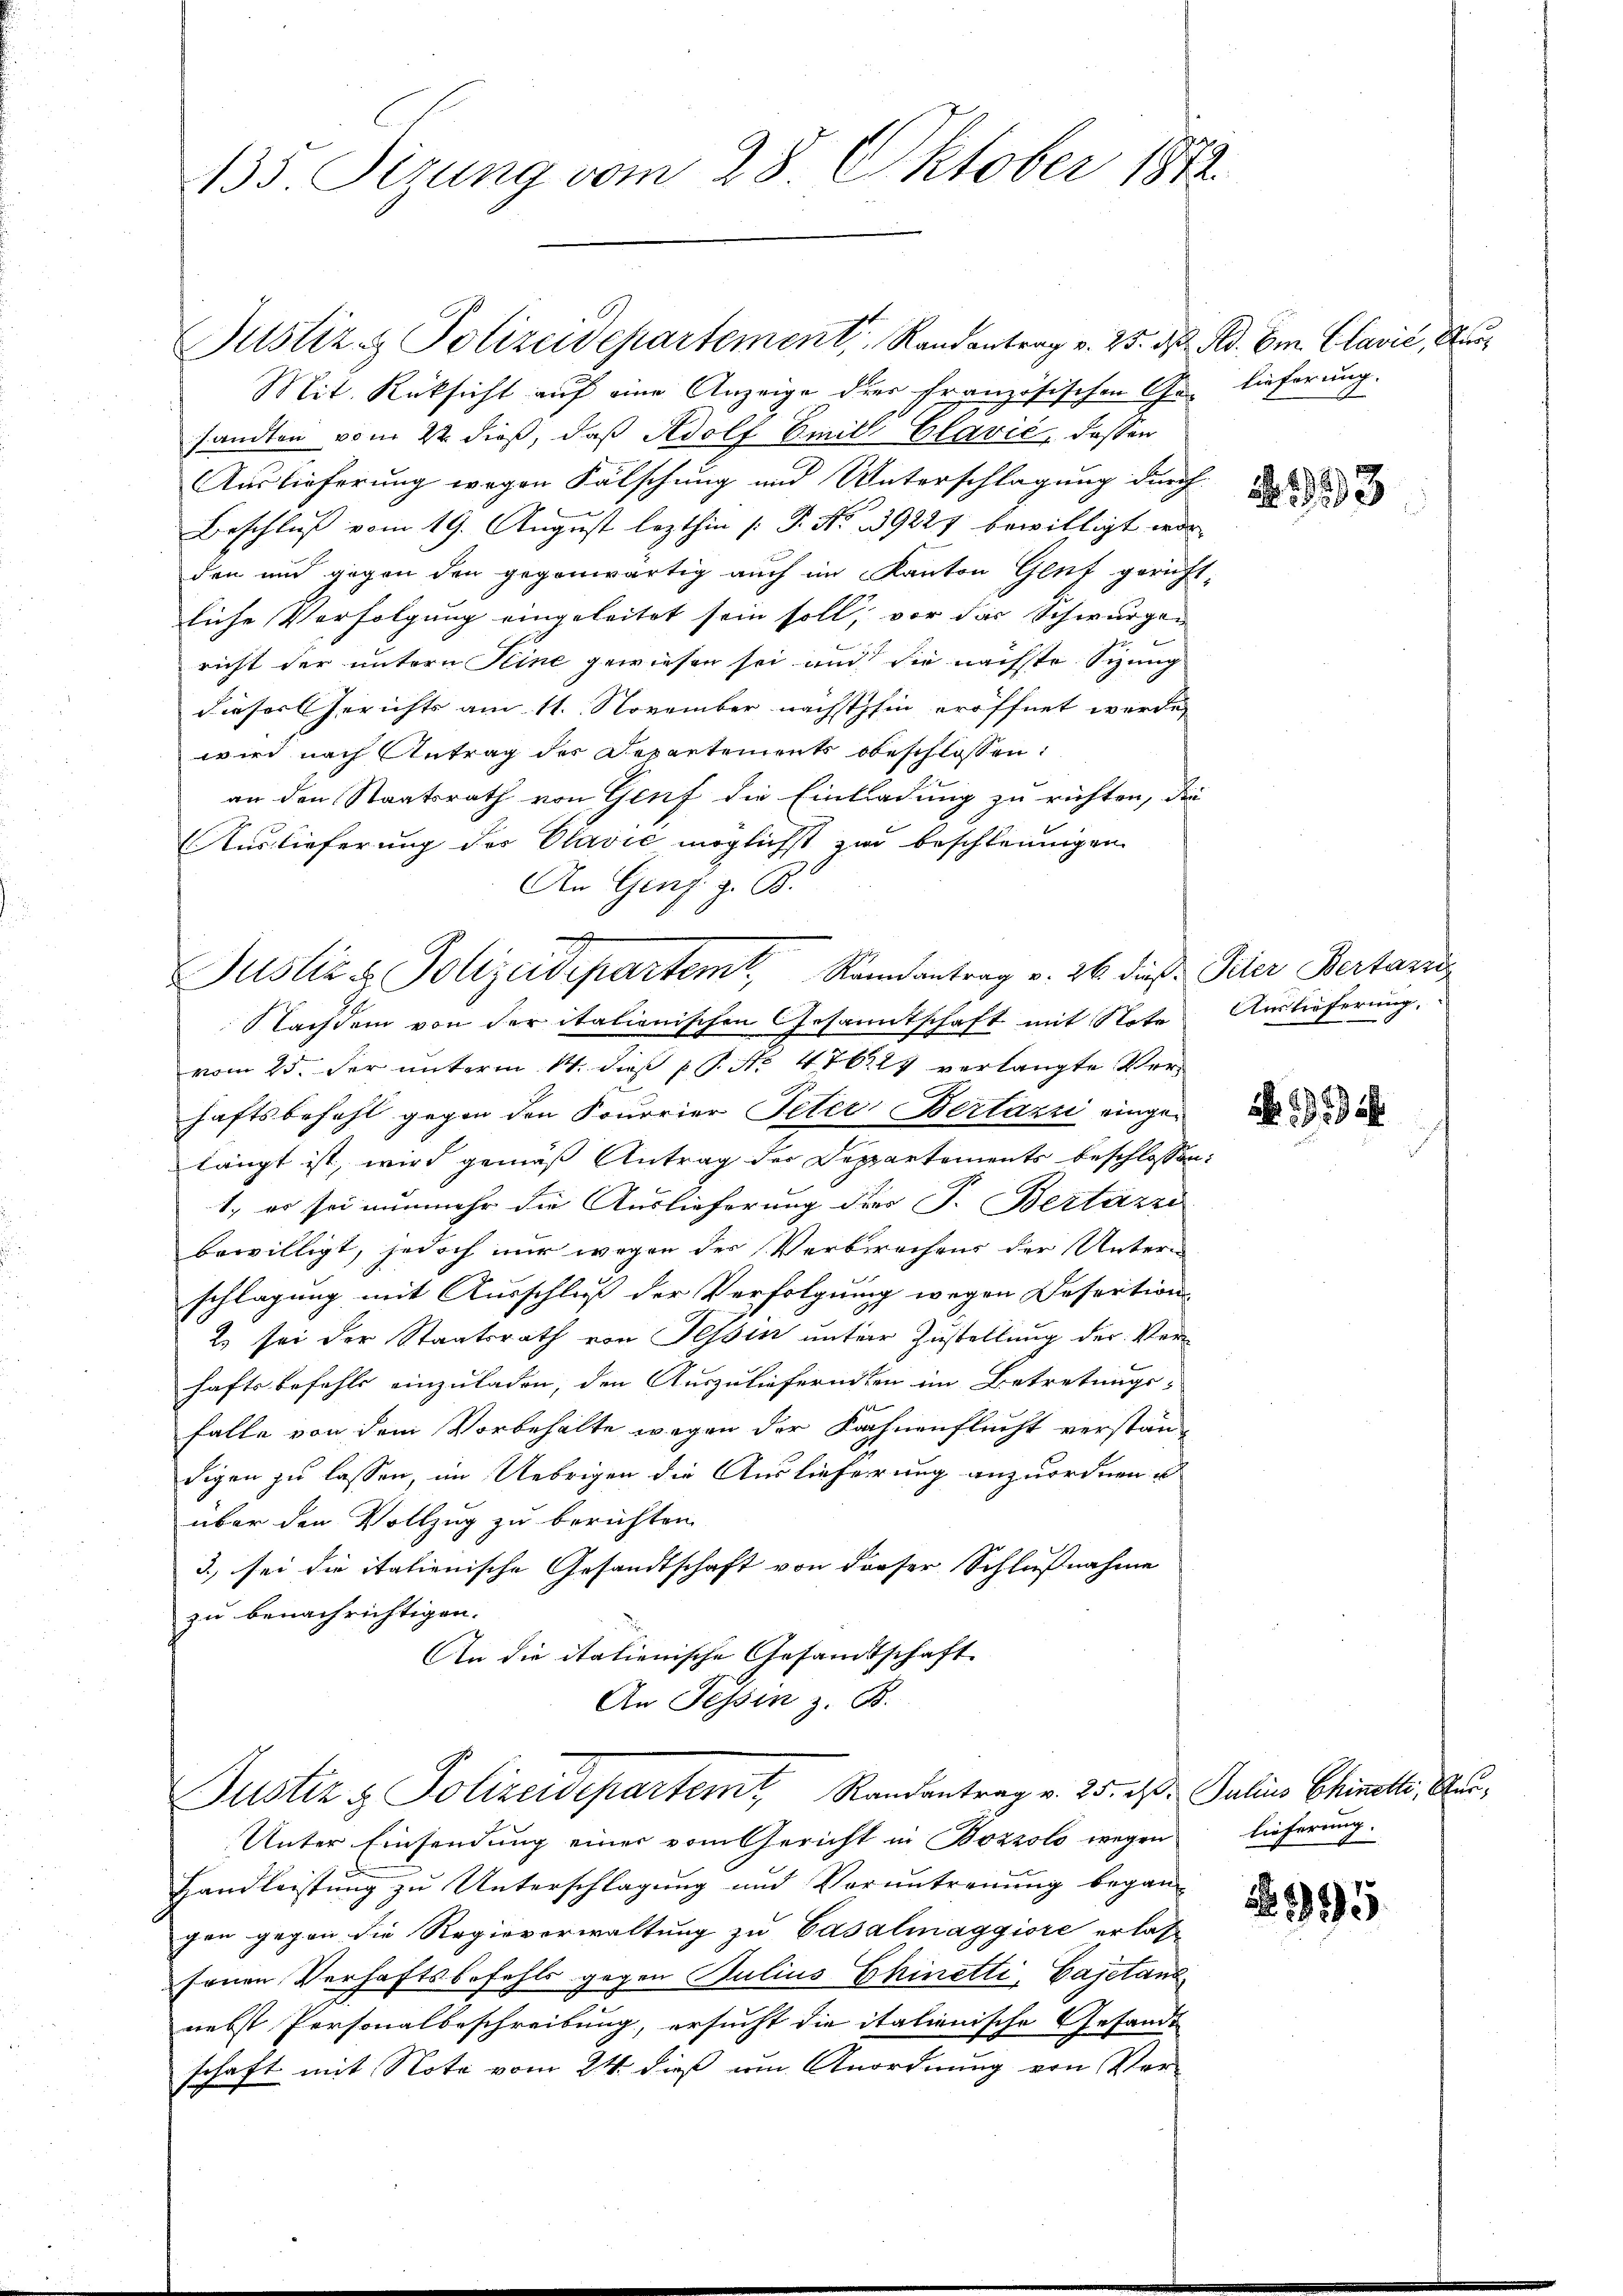
135 Sizung vom 28. Oktober 1873.

Justiz- & Polizeidepartement, Randantrag v. 25. d.
Mit. Rücksicht auf eine Anzeige dies französischen Gesandten vom 22. dieß, daß Adolf Emil Clavić, deßen
Auslieferung wegen Fälschung und Unterschlagung durch
Beschluß vom 19. August lezthin (: P. No 139227 bewilligt wor
den und gegen den gegenwärtig auch im Kanton Glut gerich-
liche Verfolgung eingeleitet sein soll, vor das Schwurgen
richt der untern Seine gewiesen sei und die nächste Sitzung
dieser Gerichts am 11. November nächsthin eröffnet werde,
wird nach Antrag des Departements obeschlossen:
an den Staatsrath von Genf die Einladung zu richten, die
Auslieferung der Olavić möglichst zur beschleunigen
An Genf z. B.
Nachdem von der italienischen Gesamtschaft mit Note
vom 25. der unterm 14. dieß p P. Nr. 476. 25 verlangte Verhaftsbefehl gegen den Sourrier Peter Bertazzi eingelängt ist, wird gemäß Antrag der Deppartements beschlossen:
1., es sei nunmehr die Auslieferung der F. Bertarei
bewilligt, jedoch nur wegen der Verbrechens der Untern
schlagung mit Ausschluß der Verfolgung wegen Desertion
2 sei der Staatsrath von Tessin untere Zustellung der Verhaftsbefehls einzuladen, den Auszulieferunten im Betretungs-
falle von dem Vorbehalte wegen der Kachnenflucht verstän-
digen zu lassen, im Uebrigen die Auslieferung anzuordnen u
über den Vollzug zu berichten
3.) sei die italienische Gesandtschaft von dieser Schlußnahme
zu benachrichtigen.
An die italienische Gesandtschaft
An Tessin z. B.
Justiz & Polizeidepartemt, Randantrag v. 25. d. Julius Chinelle, Aus¬
Unter Einsendung einer vom Gericht in Bozzolo wegen lieferung.
Handleistung zu Unterschlagung und Voruntrennung begangen gegen die Regieverwaltung zu Casalmaggiore erlas-
fenen Verhaftsbefehls gegen Julius Chinetti, Cajetanz
nebst Personalbeschreibung, ersucht die italienische Gesandt
schaft mit Note vom 24. dieß um Anordnung von Ver¬

A
Justiz & Polizeidepartem Randantrag v. 26. dieß

Bd. Im Clavić, Murlieferung.

,

1933

Piter Bertaris
Auslieferung.

1929

95